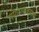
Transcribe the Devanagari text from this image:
योगरत्नाकराचा